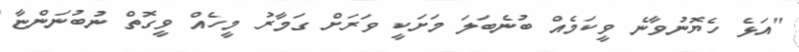
"އަޅެ ހެޔޮނުވާނެ ވީކަމެއް ބުނެބަލަ މަށަކީ ވަރަށް ގަމާރު މީހެއް ވީގޮތް ނުބުނަންޏާ